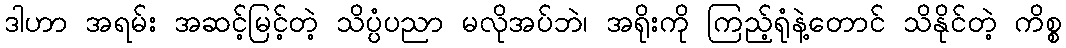
ဒါဟာ အရမ်း အဆင့်မြင့်တဲ့ သိပ္ပံပညာ မလိုအပ်ဘဲ၊ အရိုးကို ကြည့်ရုံနဲ့တောင် သိနိုင်တဲ့ ကိစ္စ